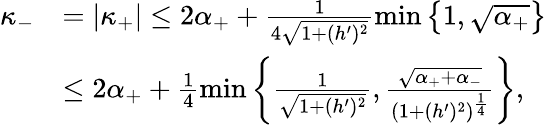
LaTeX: \begin{array}{rl}{\kappa_{-}}&{=|\kappa_{+}|\leq 2\alpha_{+}+\frac{1}{4\sqrt{1+(h^{\prime})^{2}}}\operatorname*{min}\left\lbrace 1,\sqrt{\alpha_{+}}\right\rbrace}\\ &{\leq 2\alpha_{+}+\frac{1}{4}\operatorname*{min}\left\lbrace\frac{1}{\sqrt{1+(h^{\prime})^{2}}},\frac{\sqrt{\alpha_{+}+\alpha_{-}}}{(1+(h^{\prime})^{2})^{\frac{1}{4}}}\right\rbrace,}\end{array}